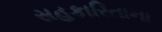
સહકારિતાના